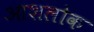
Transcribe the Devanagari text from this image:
आशलोक